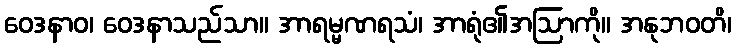
ဝေဒနာဝ၊ ဝေဒနာသည်သာ။ အာရမ္မဏရသံ၊ အာရုံ၏အဩာကို။ အနုဘဝတိ၊